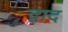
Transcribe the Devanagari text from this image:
द्वाद